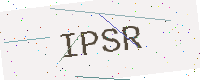
Text: IPSR